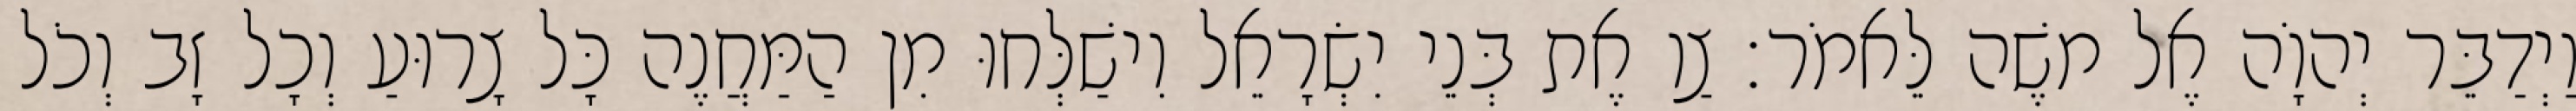
וַיְדַבֵּר יְהוָֹה אֶל משֶׁה לֵּאמֹר׃ צַו אֶת בְּנֵי יִשְׂרָאֵל וִישַׁלְּחוּ מִן הַמַּחֲנֶה כָּל צָרוּעַ וְכָל זָב וְכֹל